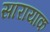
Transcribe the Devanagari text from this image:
सारायाक